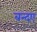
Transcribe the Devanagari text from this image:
बन्दए